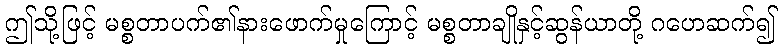
ဤသို့ဖြင့် မစ္စတာပက်၏နားဖောက်မှုကြောင့် မစ္စတာချိုနှင့်ဆွန်ယာတို့ ဂဟေဆက်၍